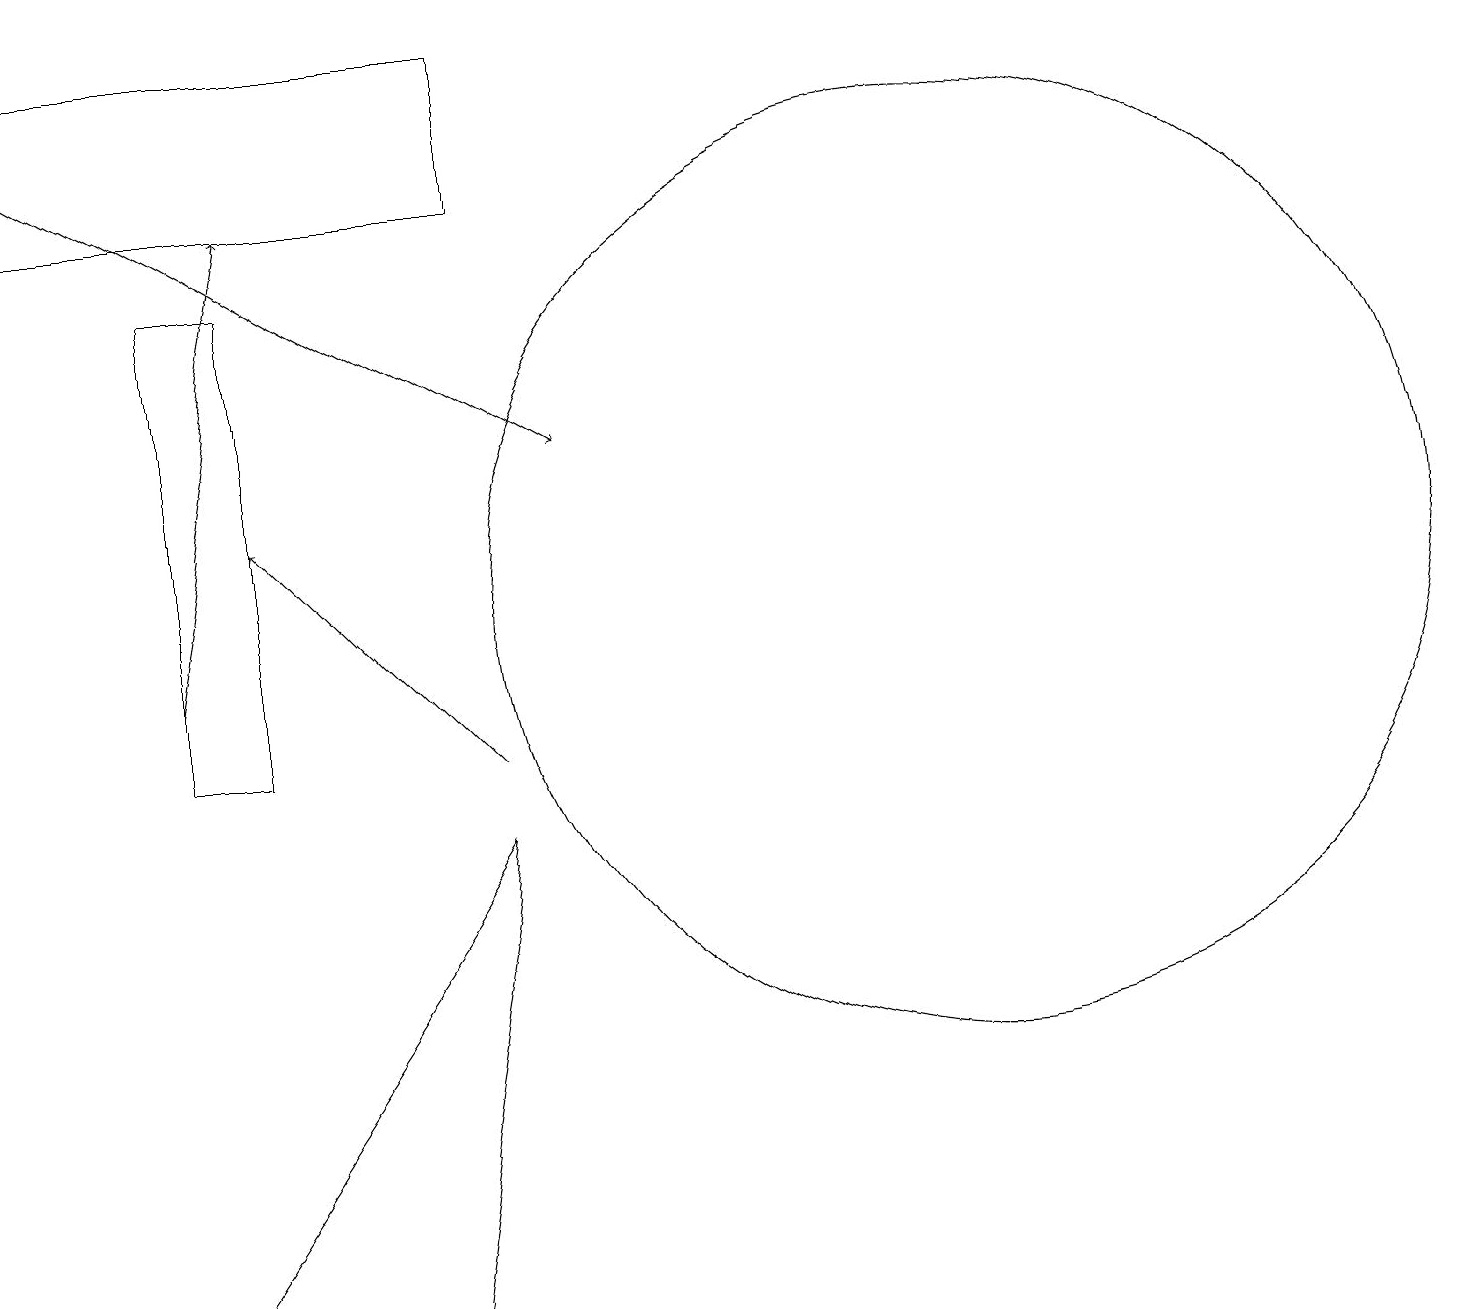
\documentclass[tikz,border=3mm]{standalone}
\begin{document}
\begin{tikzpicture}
\draw[->] (0,18) -- (7,14);
\draw[->] (2,11) -- (3,17);
\draw (12,12) circle (6);
\draw (2,3) -- (5,3) -- (6,9) -- cycle;
\draw (6,19) rectangle (0,17);
\draw[->] (6,10) -- (3,13);
\draw (2,16) rectangle (3,10);
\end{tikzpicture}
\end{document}